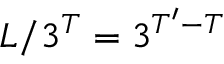
L / 3 ^ { T } = 3 ^ { T ^ { \prime } - T }